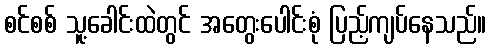
စင်စစ် သူ့ခေါင်းထဲတွင် အတွေးပေါင်းစုံ ပြည့်ကျပ်နေသည်။